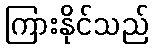
ကြားနိုင်သည်